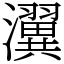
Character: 瀷